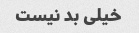
خیلی بد نیست